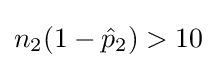
n_{2}(1-{\hat {p}}_{2})>10